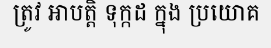
ត្រូវ អាបត្តិ ទុក្កដ ក្នុង ប្រយោគ